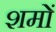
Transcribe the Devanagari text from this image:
शमों